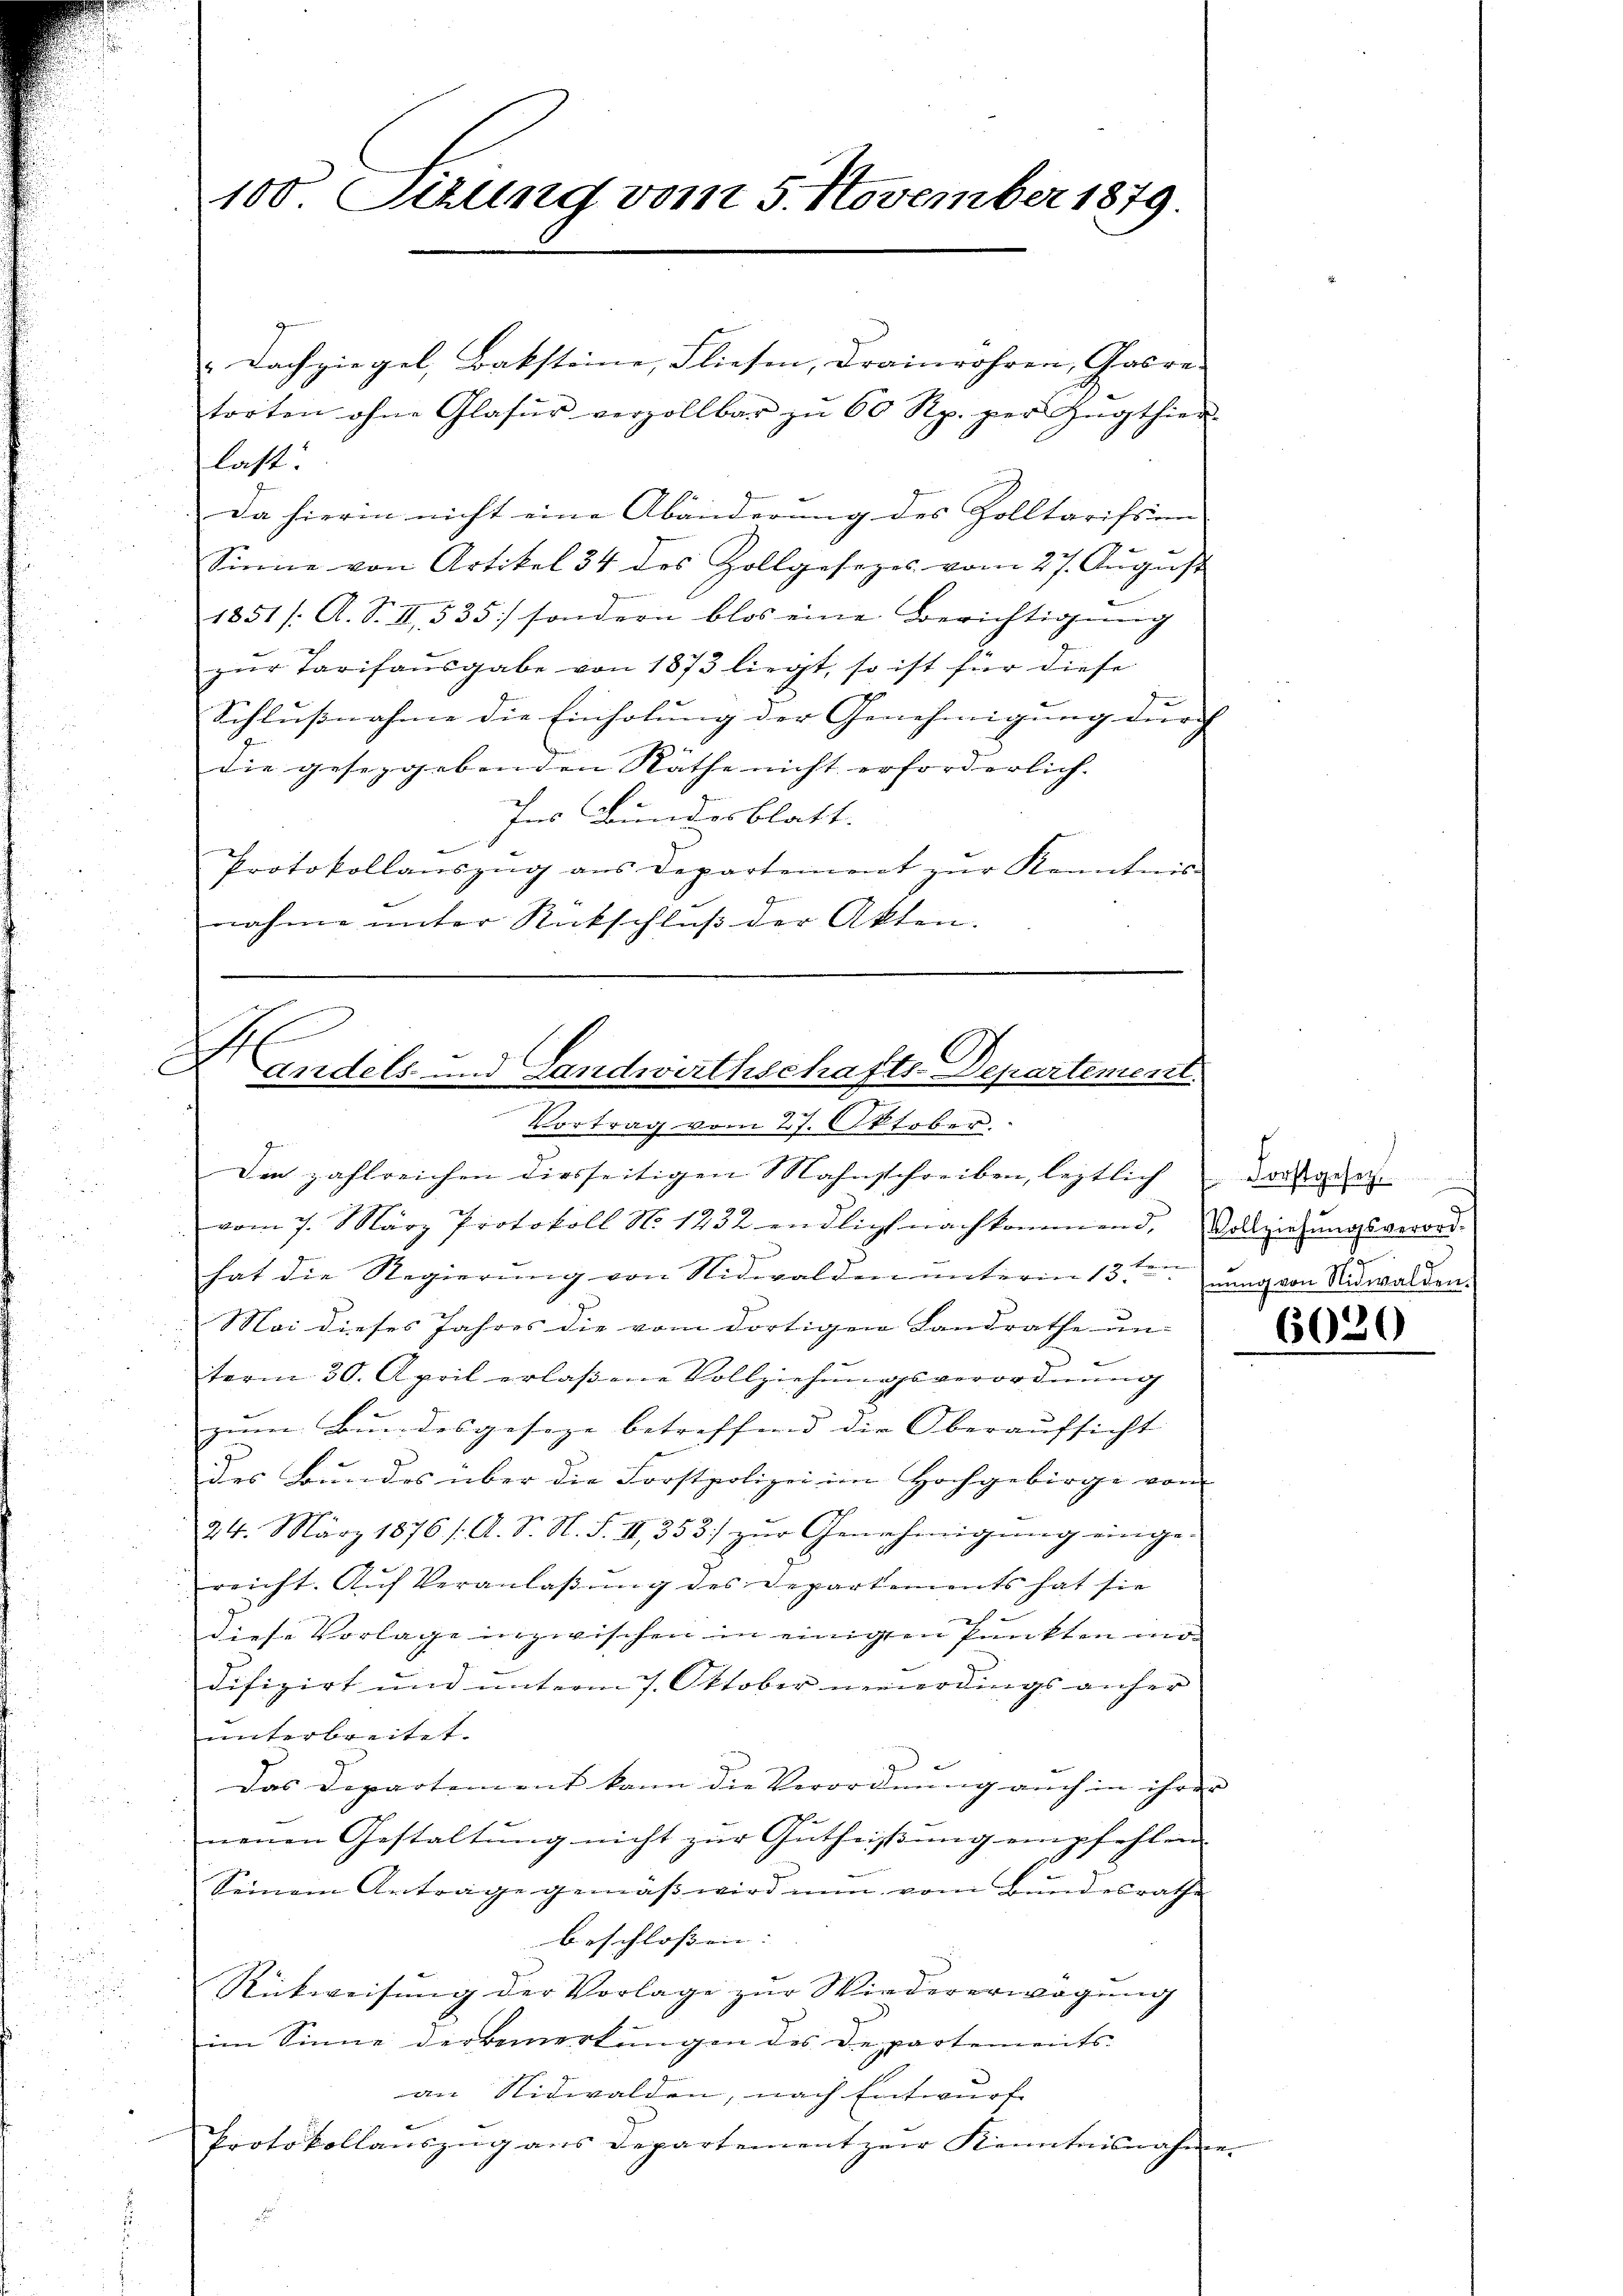
100. Sitzung vom 5. November 1879.

Dachziegel, Baksteine, Fliesen, drainröhren, Gasre-
torten ohne Glasur verzollbar zŭ 60 Rp. per Zugthien.
last.
Da hierin nicht eine Abänderung des Zolltarifsinn-
Sinne von Artikel 34 des Zollgesezes vom 27. Aŭgŭst
1851 /: A. S. II, 535 sondern blos eine Berichtigung
zŭr Tarifausgabe von 1873 liegt, so ist für diese
Schlußnahme die Einholung der Genehmigung durch
die gesezgebenden Räthe nicht erforderlich. |
Ins Bundesblatt.
Protokollauszug aus Departement zur Kenntnis
nahme unter Rückschluß der Akten.

s
C
andels- und Landwirthschafts-Departement.
.
Vortrag vom 27. Oktober.

Die zahlreichen diesseitigen Mahnschreiben, leztlich vorgen-
vom 7. März Protokoll No 1232 endlich nachkommend, Vollziehungsverord-
hat die Regierung von Nidwalden unterin 13ten ung von Nidwalden.
Mai dieses Jahres die vom dortigen Landrathe un-
term 30. April erlaßene Vollziehungsverordnung
zum Bundesgeseze betreffend die Oberaufsicht
des Bundes über die Forstpolizei im Hochgebirge von
24. März 1876 /: A. S. N. S. II, 353 zur Genehmigung einge-
reicht. Aŭf Veranlaßung des Departements hat sie
u
g
diese Vorlage inzwischen in einigten Punkten modifizirt und unterm 7. Oktober neuerdings anher
unterbreitet.
Das Departement kann die Verordnung auch in ihrer
neuen Gestaltung nicht zur Gutheißung empfehlen.
Seinem Antrage gemäss wird nun vom Bundesrathe
beschlossen: |
Rückweisŭng der Vorlage zŭr Wiedererwägŭng
im Sinne der Bemerkungen des Departements-
an Nidwalden, nach Entwurf
Protokollauszug aus Departement zur Kenntnisnahme.
d

6020